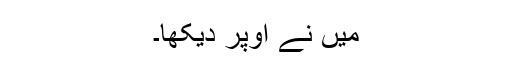
میں نے اوپر دیکھا۔